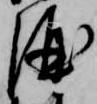
酒